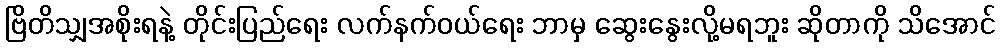
ဗြိတိသျှအစိုးရနဲ့ တိုင်းပြည်ရေး လက်နက်ဝယ်ရေး ဘာမှ ဆွေးနွေးလို့မရဘူး ဆိုတာကို သိအောင်